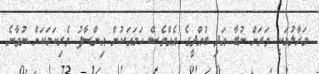
މަޜާލުމަކީ ވަރަށް ނުބާ އަދި ބުއްދީގެ އެއްވެސް ހަމައަކުން އިންސާފު ވެރިކަމަކަށް ނުވާނެ